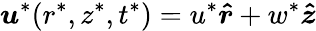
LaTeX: \boldsymbol{u}^{*}(r^{*},z^{*},t^{*})=u^{*}\boldsymbol{\hat{r}}+w^{*}\boldsymbol{\hat{z}}